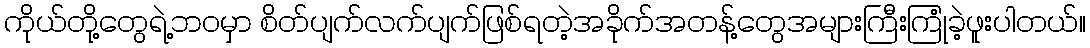
ကိုယ်တို့တွေရဲ့ဘဝမှာ စိတ်ပျက်လက်ပျက်ဖြစ်ရတဲ့အခိုက်အတန့်တွေအများကြီးကြုံခဲ့ဖူးပါတယ်။